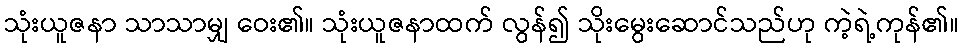
သုံးယူဇနာ သာသာမျှ ဝေး၏။ သုံးယူဇနာထက် လွန်၍ သိုးမွေးဆောင်သည်ဟု ကဲ့ရဲ့ကုန်၏။